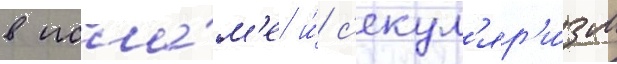
в исла́м'е и́ с'екул'яр'и́зм